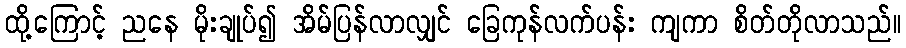
ထို့ကြောင့် ညနေ မိုးချုပ်၍ အိမ်ပြန်လာလျှင် ခြေကုန်လက်ပန်း ကျကာ စိတ်တိုလာသည်။